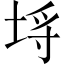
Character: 埒